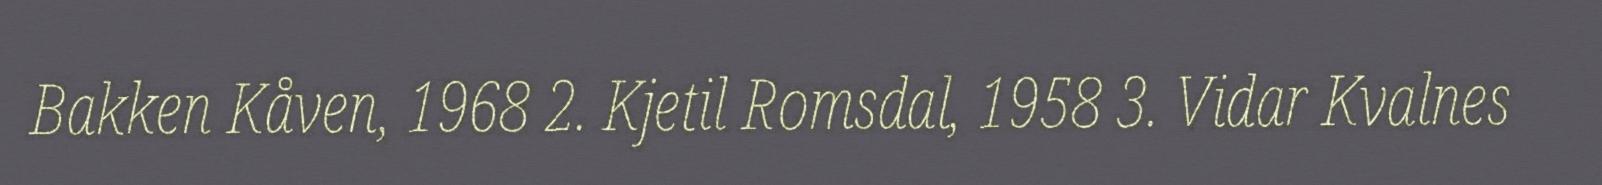
Bakken Kåven, 1968 2. Kjetil Romsdal, 1958 3. Vidar Kvalnes